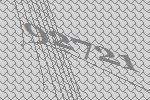
92721